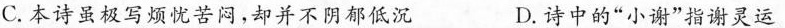
C. 本诗虽极写烦忧苦闷，却并不阴郁低沉 D. 诗中的”小谢”指谢灵运